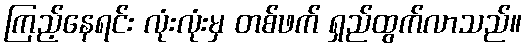
ကြည့်နေရင်း လုံးလုံးမှ တစ်ဖက် ရှည်ထွက်လာသည်။